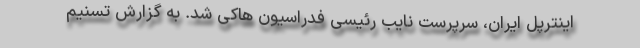
اینترپل ایران، سرپرست نایب رئیسی فدراسیون هاکی شد. به گزارش تسنیم